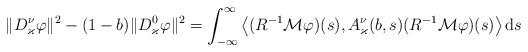
LaTeX: \begin{align*} &\|D_\varkappa^\nu\varphi\|^2 -(1 -b)\|D_\varkappa^0\varphi\|^2 =\int_{-\infty}^\infty\big\langle (R^{-1}\mathcal M\varphi)(s), A_\varkappa^\nu(b, s)(R^{-1}\mathcal M\varphi)(s)\big\rangle\,\mathrm ds\end{align*}